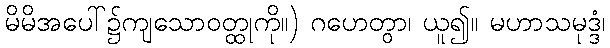
မိမိအပေါ်၌ကျသောဝတ္ထုကို။) ဂဟေတွာ၊ ယူ၍။ မဟာသမုဒ္ဒံ၊